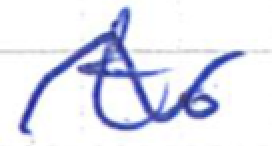
Text: two
Cross-out: wave
Writing tool: ballpoint